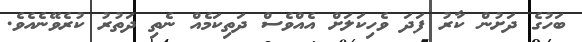
ބަހުގެ ދަށުން ކާރު ފަދަ ވެހިކަލަށް އެއްވެސް ދަތިކަމެއް ނެތި ދަތުރު ކުރެވޭނެއެވެ.